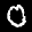
Label: 0